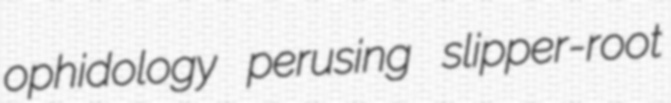
ophidology perusing slipper-root